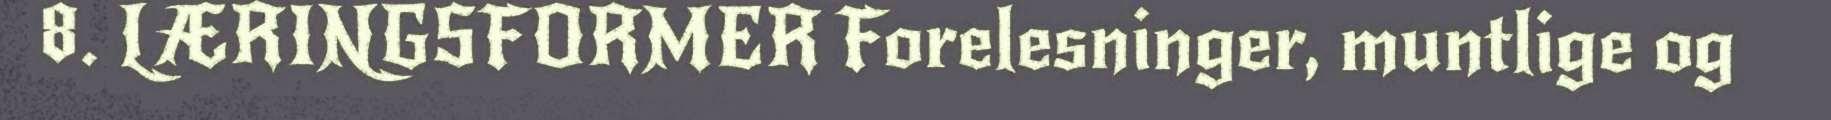
8. LÆRINGSFORMER Forelesninger, muntlige og